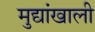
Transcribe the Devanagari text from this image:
मुद्यांखाली